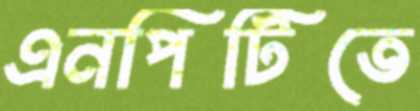
এনপিটিতে